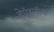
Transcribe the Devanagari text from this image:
हेप्टॅथ्‍लॉन